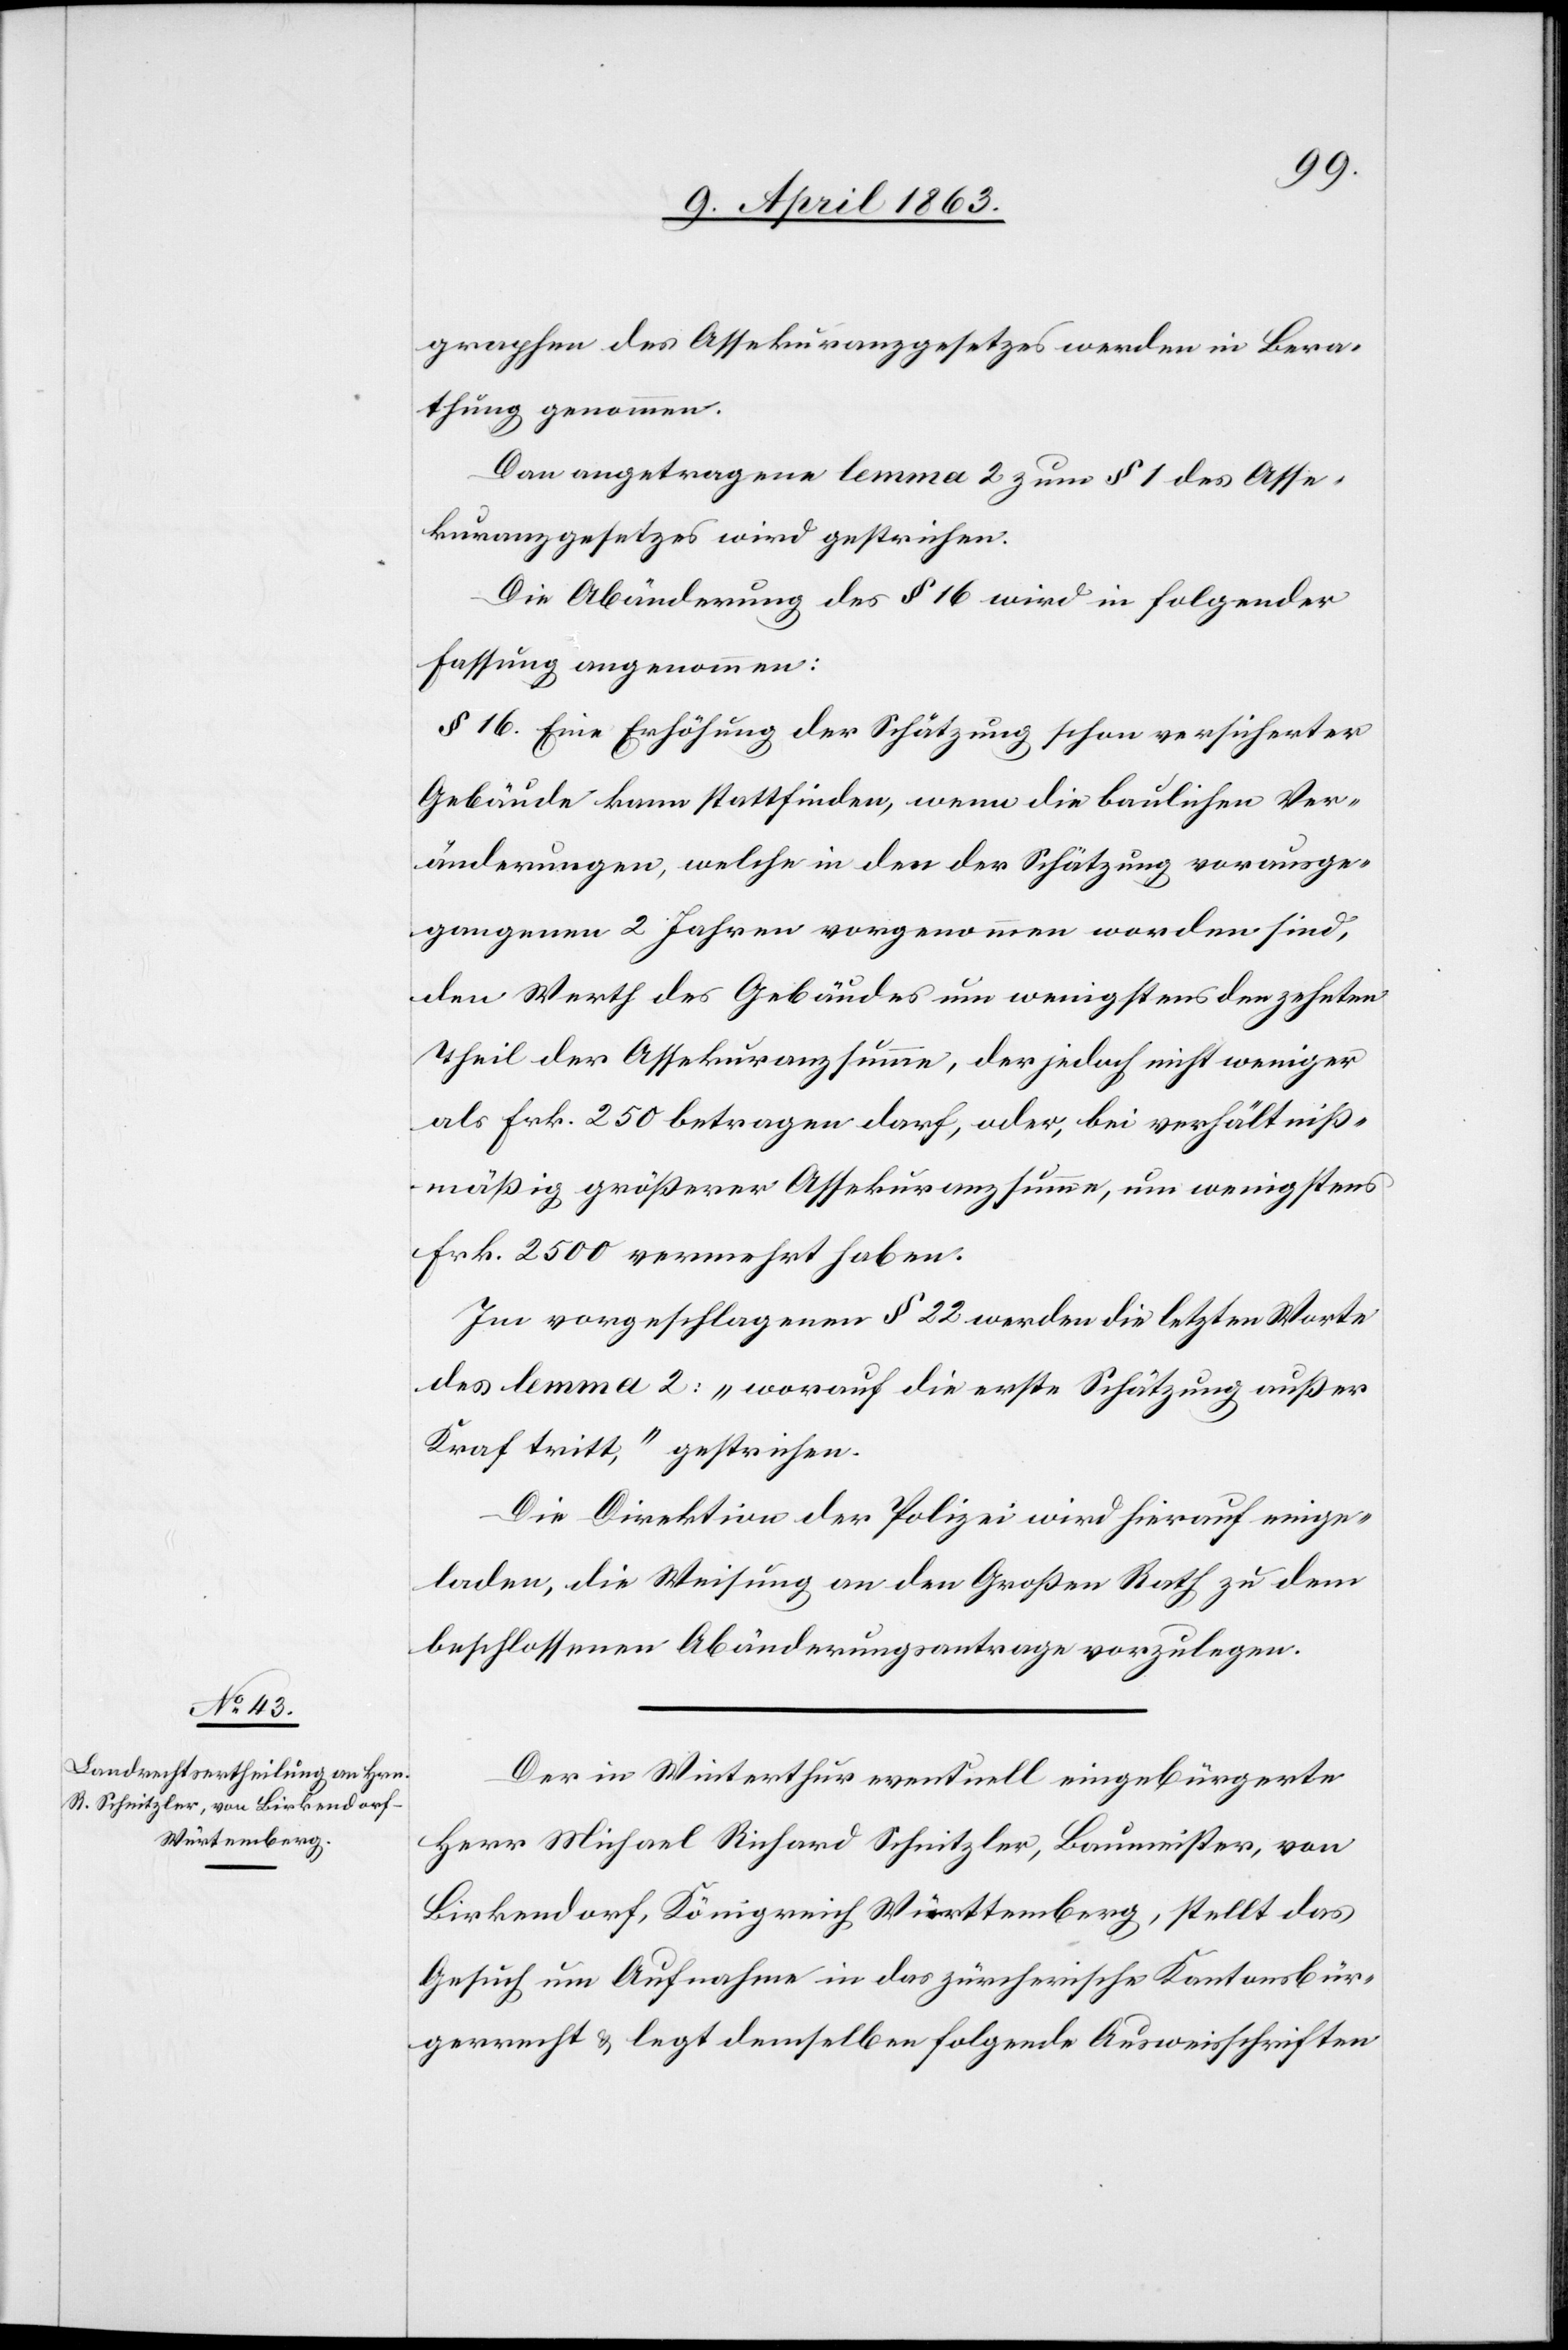
graphen des Assekuranzgesetzes werden in Bera¬
thung genommen.
Das] angetragene lemma 2 zum § 1 des Asse¬
kuranzgesetzes wird gestrichen.
Die Abänderung des § 16 wird in folgender
Fassung angenommen:
§ 16. Eine Erhöhung der Schätzung schon versicherter
Gebäude kann stattfinden, wenn die baulichen Ver¬
änderungen, welche in den der Schätzung vorausge¬
gangenen 2 Jahren vorgenommen worden sind,
den Werth des Gebäudes um wenigstens den zehnten
Theil der Assekuranzsumme, der jedoch nicht weniger
als Frk. 250 betragen darf, oder, bei verhältniß¬
mäßig größerer Assekuranzsumme, um wenigstens
Frk. 2500 vermehrt haben.
Im vorgeschlagenen § 22 werden die letzten Worte
des lemma 2: „worauf die erste Schätzung außer
Kraf[t] tritt,“ gestrichen.
Die Direktion der Polizei wird hierauf einge¬
laden, die Weisung an den Großen Rath zu dem
beschlossenen Abänderungsantrage vorzulegen.
Der in Winterthur eventuell eingebürgerte
Herr Michael Richard Schnitzler, Baumeister, von
Birkendorf, Königreich Württemberg, stellt das
Gesuch um Aufnahme in das zürcherische Kantonsbür¬
gerrecht & legt demselben folgende Ausweisschriften